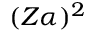
( Z \alpha ) ^ { 2 }